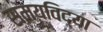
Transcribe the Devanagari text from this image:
समयविद्या